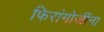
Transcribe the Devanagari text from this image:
फिरांगोजींना